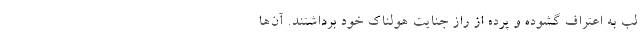
لب به اعتراف گشوده و پرده از راز جنایت هولناک خود برداشتند. آن‌ها